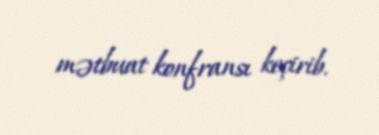
mətbuat konfransı keçirib.